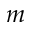
m